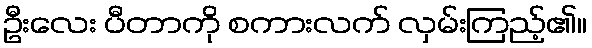
ဦးလေး ပီတာကို စကားလက် လှမ်းကြည့်၏။